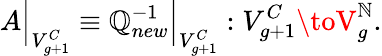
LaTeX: A\Bigr|_{V_{g+1}^{C}}\equiv\mathbb{Q}_{new}^{-1}\Bigr|_{V_{g+1}^{C}}:V_{g+1}^{C}\toV_{g}^{\mathbb{N}}.